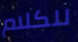
للكلام